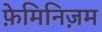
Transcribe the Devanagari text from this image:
फ़ेमिनिज़म